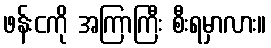
ဖန်းငကို အကြာကြီး စီးရမှာလား။